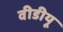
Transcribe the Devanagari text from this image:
वीडीयू